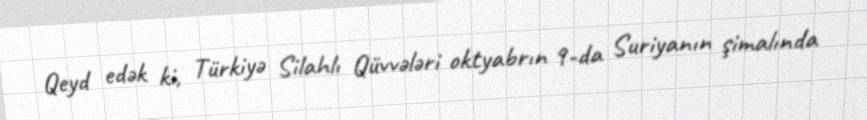
Qeyd edək ki, Türkiyə Silahlı Qüvvələri oktyabrın 9-da Suriyanın şimalında